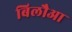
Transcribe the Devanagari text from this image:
बिलौआ